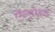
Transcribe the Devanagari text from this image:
ऍन्ड्रोइड